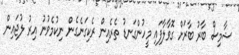
ޝާމިސް ބާރު ބާރަށް ގޮވާލާފައި މީހުންގަނޑު ތެރެއިން ރެކިގަނެގެން ނިކުމެވުނު އިރު ލުޖައިން